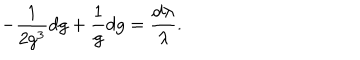
LaTeX: - \frac { 1 } { 2 g ^ { 3 } } d g + \frac { 1 } { g } d g = \frac { d \lambda } { \lambda } .